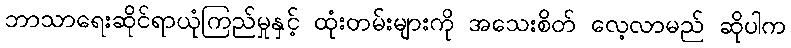
ဘာသာရေးဆိုင်ရာယုံကြည်မှုနှင့် ထုံးတမ်းများကို အသေးစိတ် လေ့လာမည် ဆိုပါက